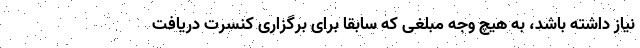
نیاز داشته باشد، به هیچ وجه مبلغی که سابقا برای برگزاری کنسرت دریافت